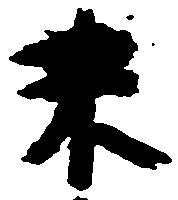
末